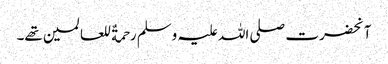
آنحضرت صلی اللہ علیہ وسلم رحمةٌ للعالمین تھے۔